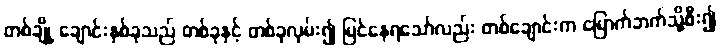
တစ်ချို့ ချောင်းနှစ်ခုသည် တစ်ခုနှင့် တစ်ခုလှမ်း၍ မြင်နေရသော်လည်း တစ်ချောင်းက မြောက်ဘက်သို့စီး၍